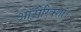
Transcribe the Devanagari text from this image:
ऑटोरिक्शा।